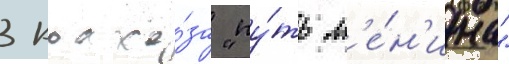
3 колхо́за "пу́ть л'е́н'ина"